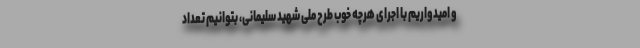
و امیدواریم با اجرای هرچه خوب طرح ملی شهید سلیمانی، بتوانیم تعداد